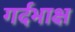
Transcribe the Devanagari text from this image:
गर्दभाक्ष